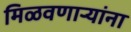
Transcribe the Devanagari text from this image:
मिळवणाऱ्यांना